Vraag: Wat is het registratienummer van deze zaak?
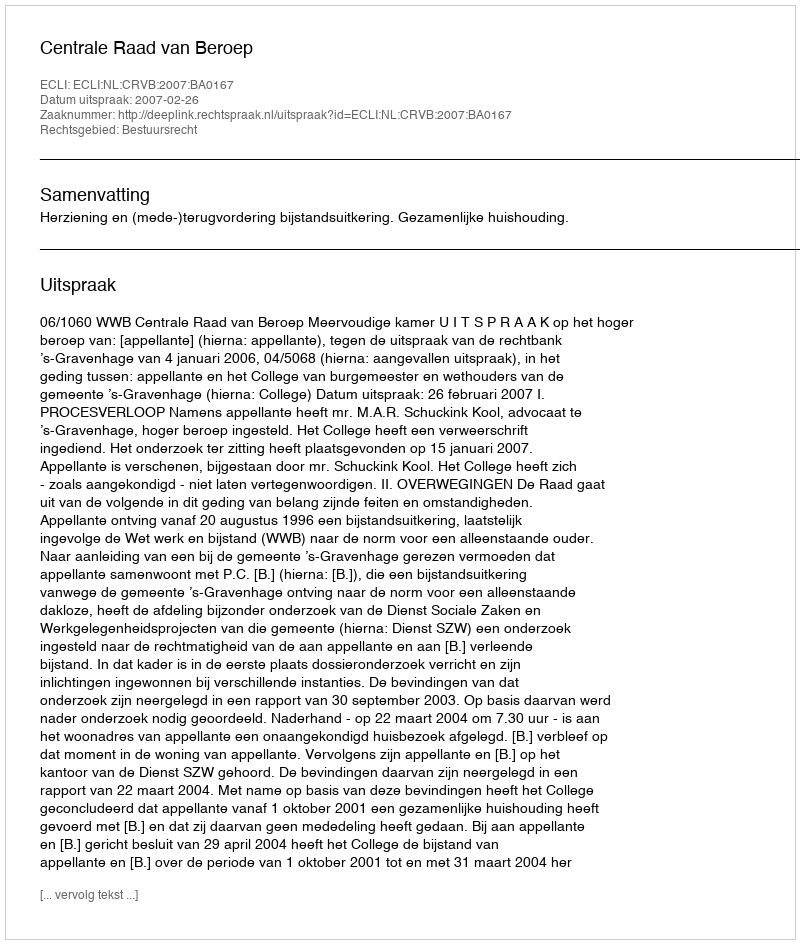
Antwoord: http://deeplink.rechtspraak.nl/uitspraak?id=ECLI:NL:CRVB:2007:BA0167